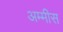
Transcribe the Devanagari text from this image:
अम्मीस